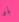
بأن